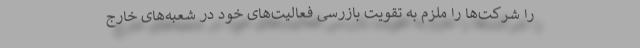
را شرکت‌ها را ملزم به تقویت بازرسی فعالیت‌های خود در شعبه‌های خارج